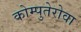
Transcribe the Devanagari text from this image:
कोम्पुतेरोवा